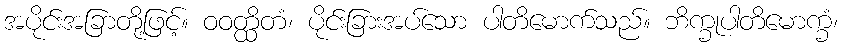
အပိုင်းအခြာတို့ဖြင့်။ ဝဝတ္ထိတံ၊ ပိုင်းခြားအပ်သော ပါတိမောက်သည်။ ဘိက္ခုပါတိမောက္ခံ၊